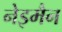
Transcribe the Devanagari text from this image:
नेइमैन